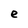
Character: e